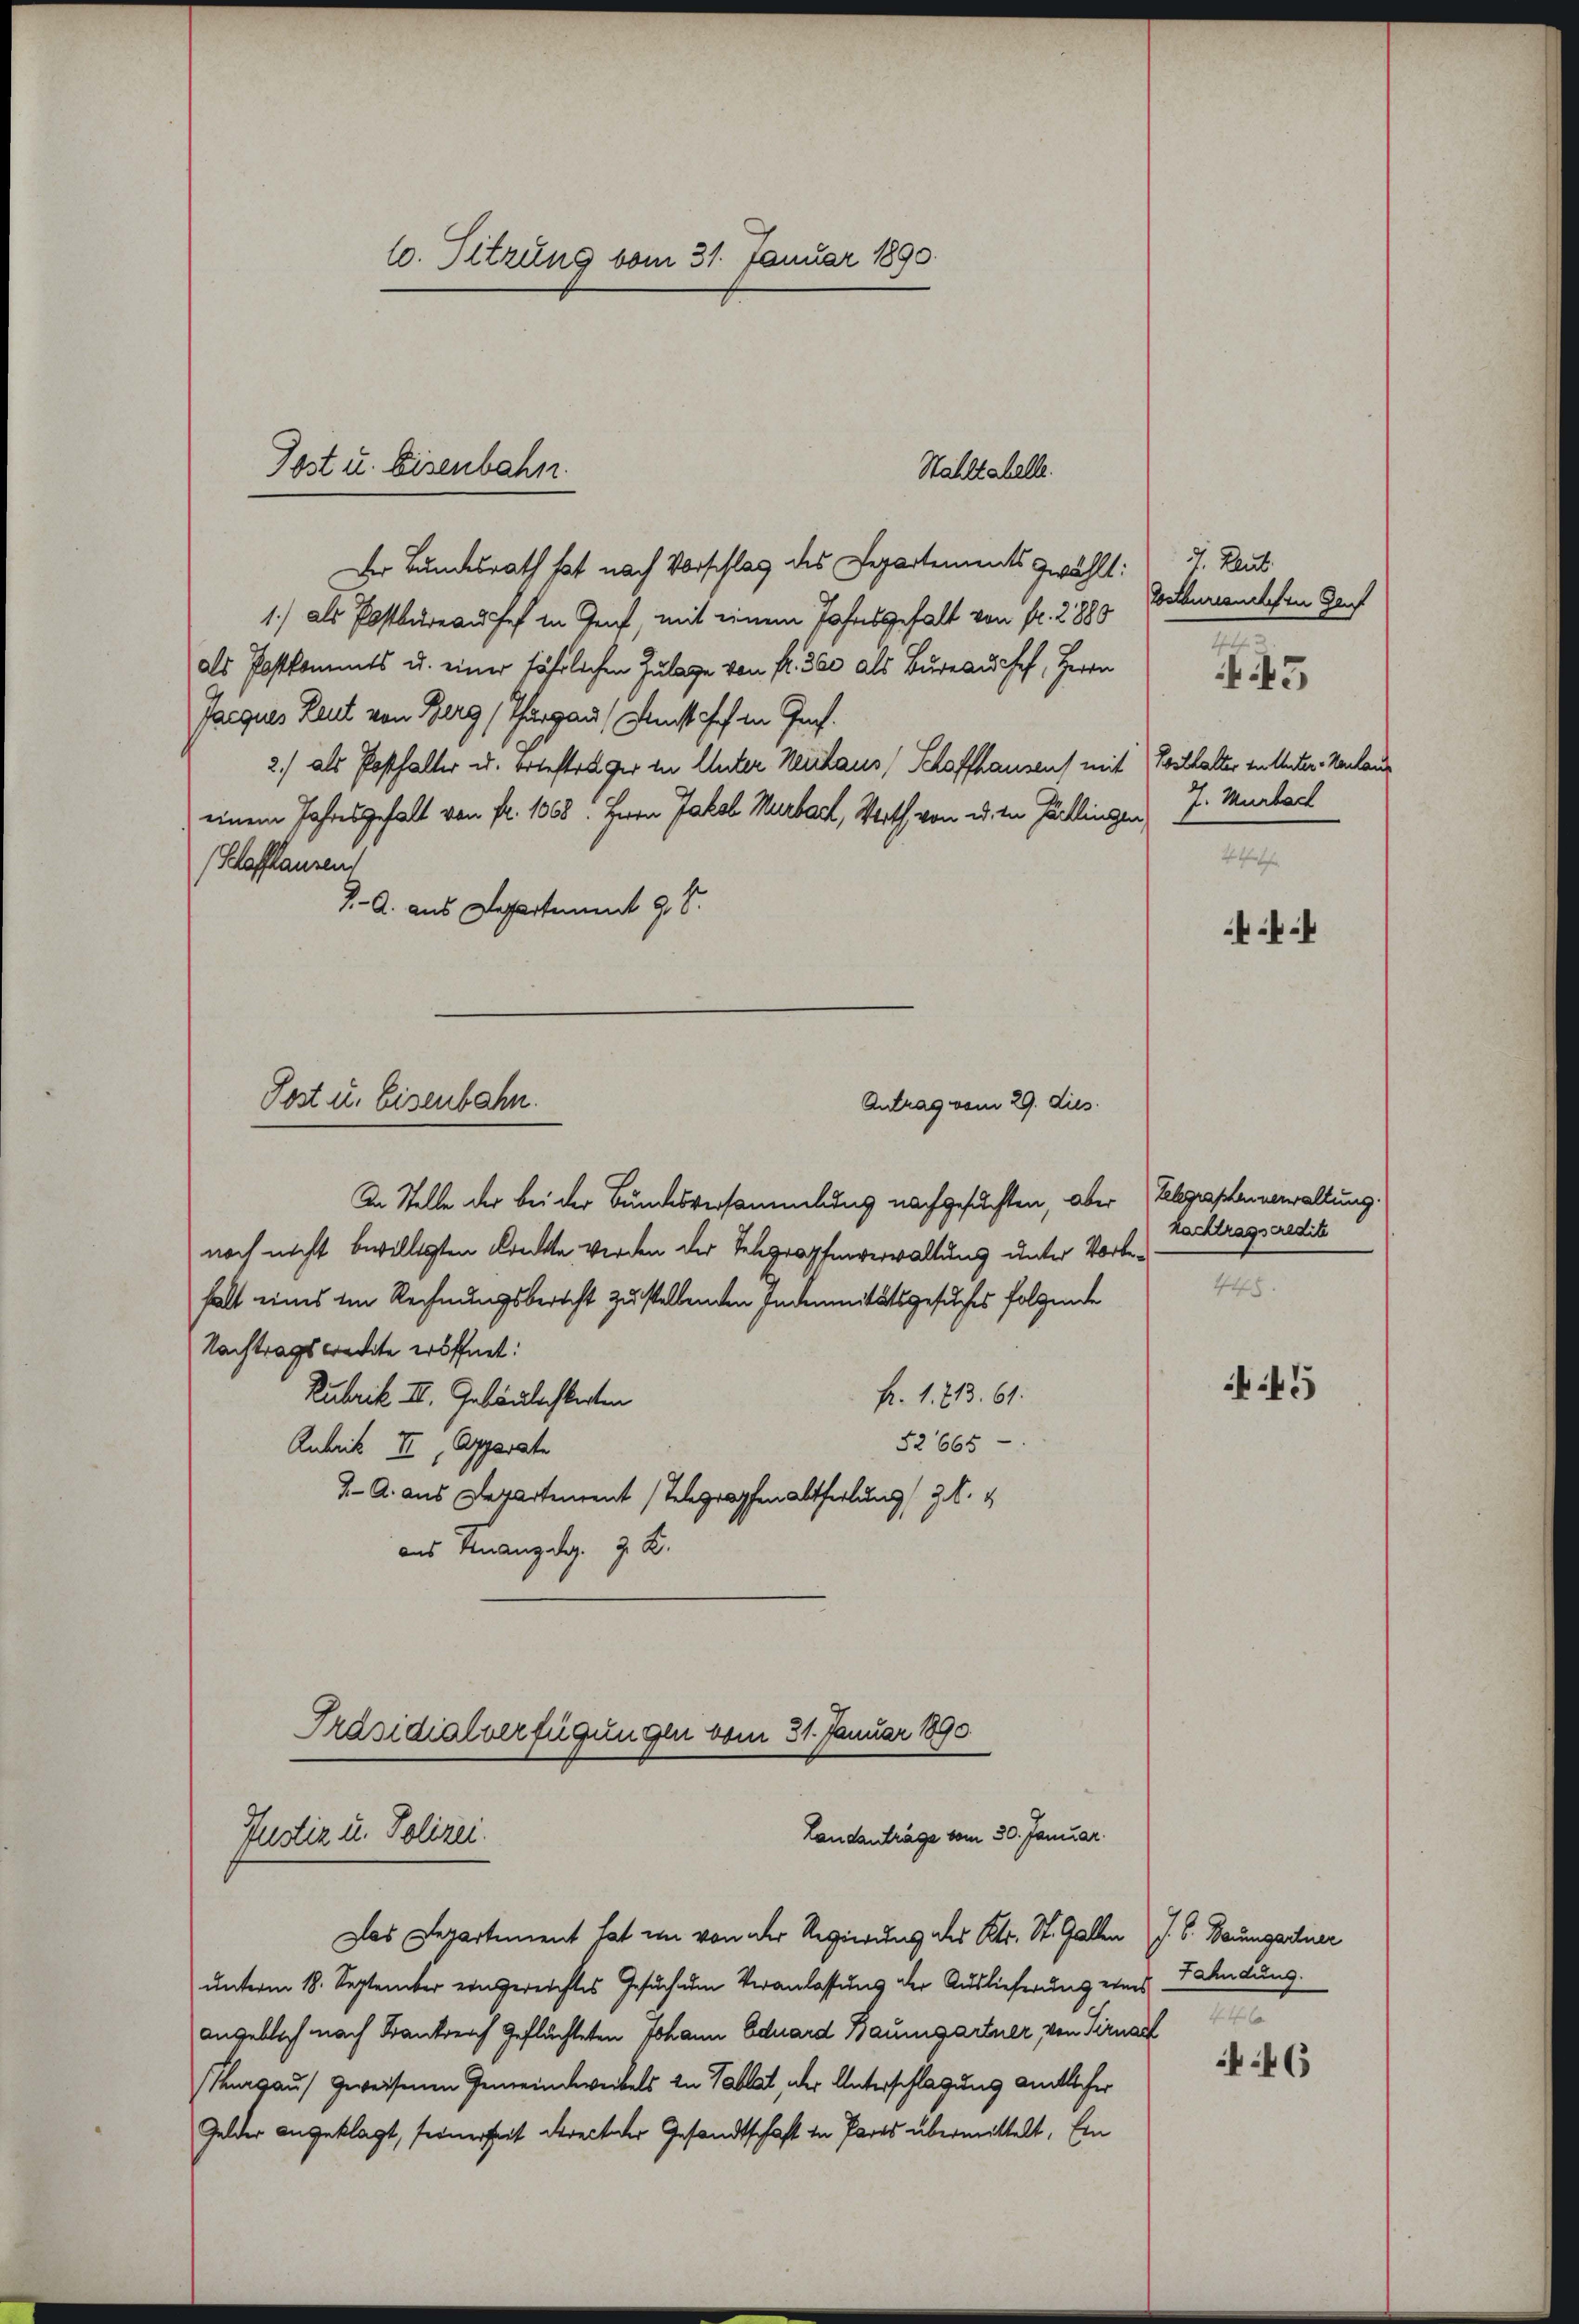
Stähltshelle.
Der Bundesrath hat nach Vorschlag des Departements gewählt:
1) als Postbureausses in Genf, mit einem Jahresgefall von fr. 2880
als Postkommts u. einer fährlichen Zulage von Fr. 300 als Bureau chef, Herrn
Jacques Leut von Berg (Thurgau, Kunst chef in Genf.
2.) als Posthalter u. ertefträger in Unter Neuhaus, Schaffhausen) mit Posthalter zu Unter-Konlaus
einem Jahresgehalt von fr. 1068. Herrn Jakob Murbach, Verth von u. in Päcklingen J. Murbach
(Schaffhausen
J. A. aus Departient 98.

10. Sitzung vom 31. Januar 1890.

Post u. Eisenbahn.

Post u. Eisenbahn.
Antrag vom 29. dies

In Stelle der bei der Bundesversammlung nachgesuchten, aber
noch nicht bewilligten Krackte werden der Telegraphenverwaltung unter Vorbehalt eines im Rechnungsbericht zustellenden Indemnitätsgesuches folgende
Nachtragswredite eröffnet.
Rubrik III. Gebäulichkeiten
fr. 1. 213. 61.
52665
Anbrik III, Apparate
J. A. aus Departement Telegraphenabtheilung 3. 4
aus Unanzdig. Z. Z.
Präsidialverfügungen vom 31. Januar 1890

Landanträge vom 30. Januar.
Justiz u. Polizei.

Das Departement hat im von der Regierung des Kts. St. Gallen J. S. Baumgartner
unterm 18. September eingereichtes Gesuch um Veranlassung der Auslieferung eines Fahndung.
angeblich nach Krankreich geflüchteten Johann Eduard Baumgartner von Sirnach
Thurgau geweisenen Gemeindwerkels zu Tablat, oder Unterschlagung amtlicher
Gelder angeklagt, seinerheit direct der Gesandtschaft in Pares übermittelt. Ein

Reut.
Costauranchen Genf
4tische

15

Telegraphenverwaltung.
hachtragseredit

45

m

46